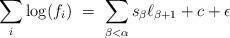
LaTeX: \begin{align*}\sum_{i}\log(f_i)\ =\ \sum_{\beta<\alpha} s_\beta \ell_{\beta+1}+c+\epsilon\end{align*}